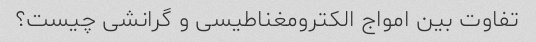
تفاوت بین امواج الکترومغناطیسی و گرانشی چیست؟